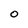
Character: O